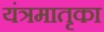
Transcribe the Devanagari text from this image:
यंत्रमातृका